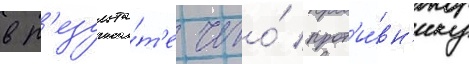
в р'езульта́т'е чего́ прот'и́вн'ику